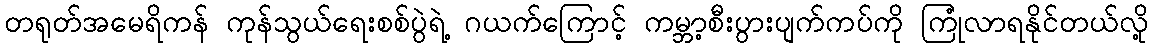
တရုတ်အမေရိကန် ကုန်သွယ်ရေးစစ်ပွဲရဲ့ ဂယက်ကြောင့် ကမ္ဘာ့စီးပွားပျက်ကပ်ကို ကြုံလာရနိုင်တယ်လို့